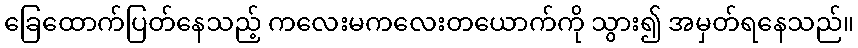
ခြေထောက်ပြတ်နေသည့် ကလေးမကလေးတယောက်ကို သွား၍ အမှတ်ရနေသည်။